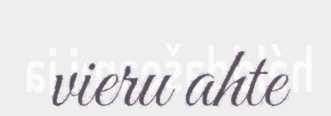
vieru ahte